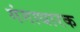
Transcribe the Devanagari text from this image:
गंगाधारक